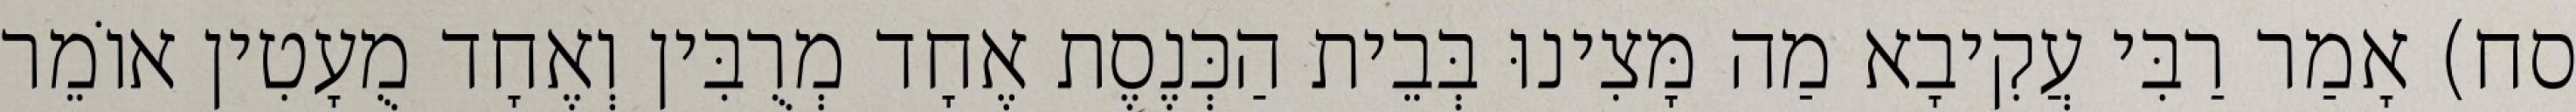
סח) אָמַר רַבִּי עֲקִיבָא מַה מָּצִינוּ בְּבֵית הַכְּנֶסֶת אֶחָד מְרֻבִּין וְאֶחָד מֻעָטִין אוֹמֵר